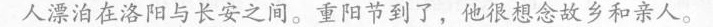
人漂泊在洛阳与长安之间。重阳节到了，他很想念故乡和亲人.